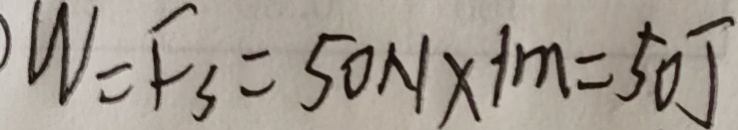
W = F _ { S } = 5 0 N \times 1 m = 5 0 J